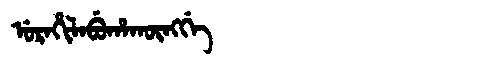
Manchu: ᡠᡵᠠᡥᡳᠯᠠᠪᡠᡥᠠᡴᡡᠩᡤᡝ
Romanization: URAHILABUHAKŪNGGE